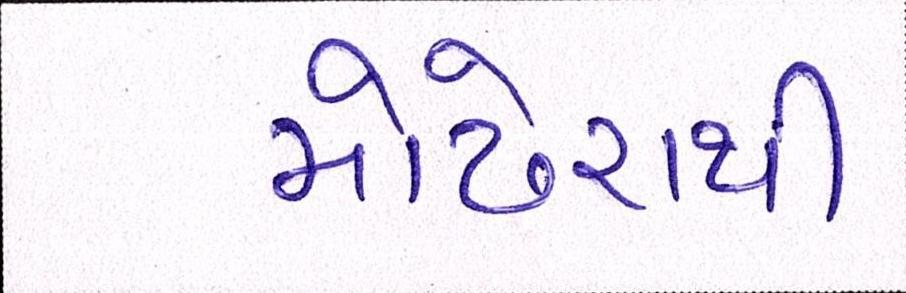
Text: મોઢેરાથી